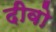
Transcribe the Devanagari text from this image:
दीवो